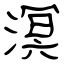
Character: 溟